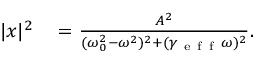
\begin{array} { r l } { \lvert x \rvert ^ { 2 } } & { { } = \frac { A ^ { 2 } } { ( \omega _ { 0 } ^ { 2 } - \omega ^ { 2 } ) ^ { 2 } + ( \gamma _ { \mathrm { ~ e ~ f ~ f ~ } } \omega ) ^ { 2 } } . } \end{array}